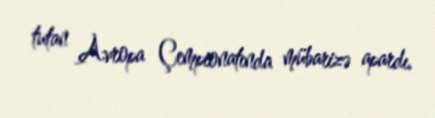
tutan Avropa Çempionatında mübarizə apardı.